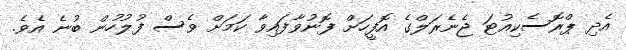
އެދި ޕްރޮސެކިއުޓަ ޖެނެރަލްގެ އޮފީހަށް ފޮނުވާފައިވާ ކަމަށް ވެސް ފުލުހުން ބުނެ އެވެ.